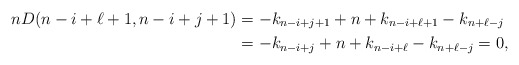
\begin{align*}n D( n-i+\ell+1, n-i+j+1)&= -k_{n-i+j+1}+n+k_{n-i+\ell+1}-k_{n+\ell-j}\\ &=-k_{n-i+j}+n+k_{n-i+\ell}-k_{n+\ell-j}=0,\end{align*}